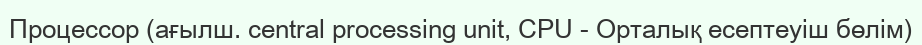
Процессор (ағылш. central processing unit, CPU - Орталық есептеуіш бөлім)